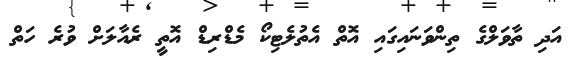
އަދި ތާވަލްގެ ތިންވަނައިގައި އޮތް އެތުލެޓިކޯ މެޑްރިޑް އޮތީ ރެއާލަށް ވުރެ ހަތް